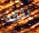
بثقة